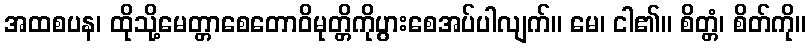
အထစပန၊ ထိုသို့မေတ္တာစေတောဝိမုတ္တိကိုပွားစေအပ်ပါလျက်။ မေ၊ ငါ၏။ စိတ္တံ၊ စိတ်ကို။